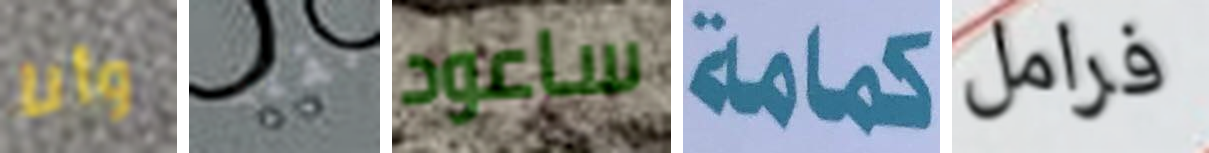
وأنا نقله ساعود كمامة فرامل